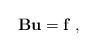
\begin{align*} {\bf B} {\bf u}={\bf f}\;,\end{align*}